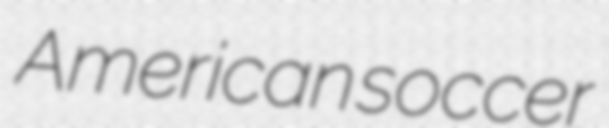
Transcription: American soccer